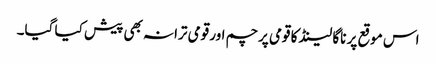
اس موقع پر ناگا لینڈ کا قومی پرچم اور قومی ترانہ بھی پیش کیا گیا۔